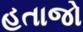
હતાજો